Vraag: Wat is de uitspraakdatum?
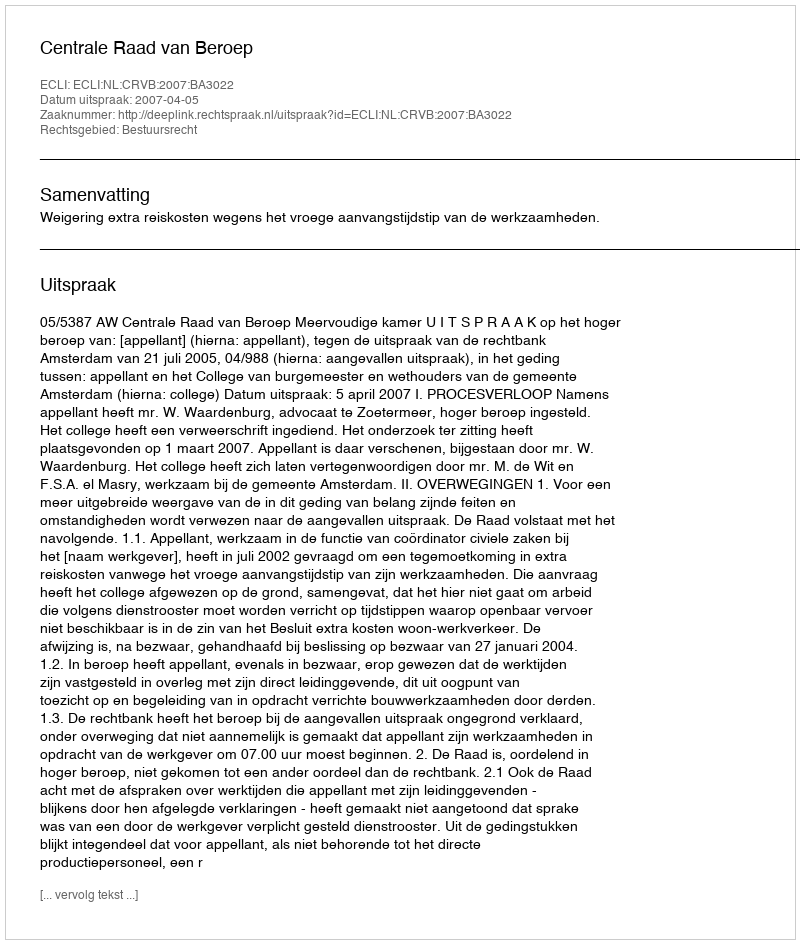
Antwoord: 2007-04-05